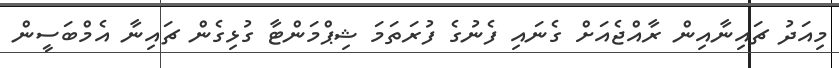
މިއަދު ޗައިނާއިން ރާއްޖެއަށް ގެނައި ފެނުގެ ފުރަތަމަ ޝިޕްމަންޓާ ގުޅިގެން ޗައިނާ އެމްބަސީން